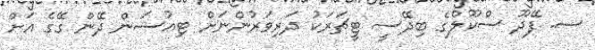
ސ. ފޭދޫ ސްކޫލްގެ ބިދޭސީ ޓީޗަރަކު ދަރިވަރުންނަށް ޓިއުޝަން ދޭން ގޭގެ އަށް